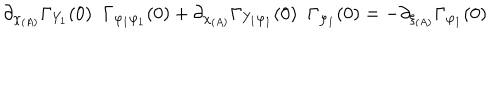
LaTeX: \partial _ { \chi _ { ( A ) } } \Gamma _ { Y _ { 1 } } ( 0 ) \; \; \Gamma _ { \varphi _ { 1 } \varphi _ { 1 } } ( 0 ) + \partial _ { \chi _ { ( A ) } } \Gamma _ { Y _ { 1 } \varphi _ { 1 } } ( 0 ) \; \; \Gamma _ { \varphi _ { 1 } } ( 0 ) = - \partial _ { \xi _ { ( A ) } } \Gamma _ { \varphi _ { 1 } } ( 0 )